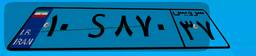
۱۰S۸۷۰۳۷